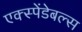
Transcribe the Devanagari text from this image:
एक्स्पेंडेबल्स